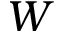
W